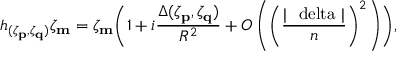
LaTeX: h _ { ( \zeta _ { \bf p } , \zeta _ { \bf q } ) } \zeta _ { \bf m } = \zeta _ { \bf m } \Biggl ( 1 + i \frac { \Delta ( \zeta _ { \bf p } , \zeta _ { \bf q } ) } { R ^ { 2 } } + O \left( \biggl ( \frac { | \mathrm { \boldmath ~ \ d e l t a ~ } | } { n } \biggr ) ^ { 2 } \right) \Biggr ) ,